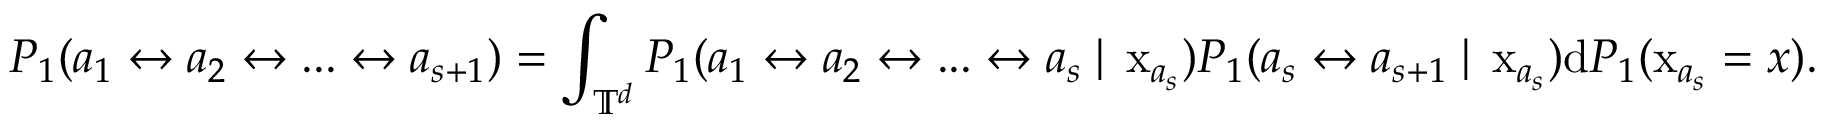
P _ { 1 } ( a _ { 1 } \leftrightarrow a _ { 2 } \leftrightarrow . . . \leftrightarrow a _ { s + 1 } ) = \int _ { \mathbb { T } ^ { d } } P _ { 1 } ( a _ { 1 } \leftrightarrow a _ { 2 } \leftrightarrow . . . \leftrightarrow a _ { s } \; | \; \operatorname { x } _ { a _ { s } } ) P _ { 1 } ( a _ { s } \leftrightarrow a _ { s + 1 } \; | \; \operatorname { x } _ { a _ { s } } ) \mathrm { d } P _ { 1 } ( \operatorname { x } _ { a _ { s } } = x ) .